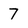
Character: 7